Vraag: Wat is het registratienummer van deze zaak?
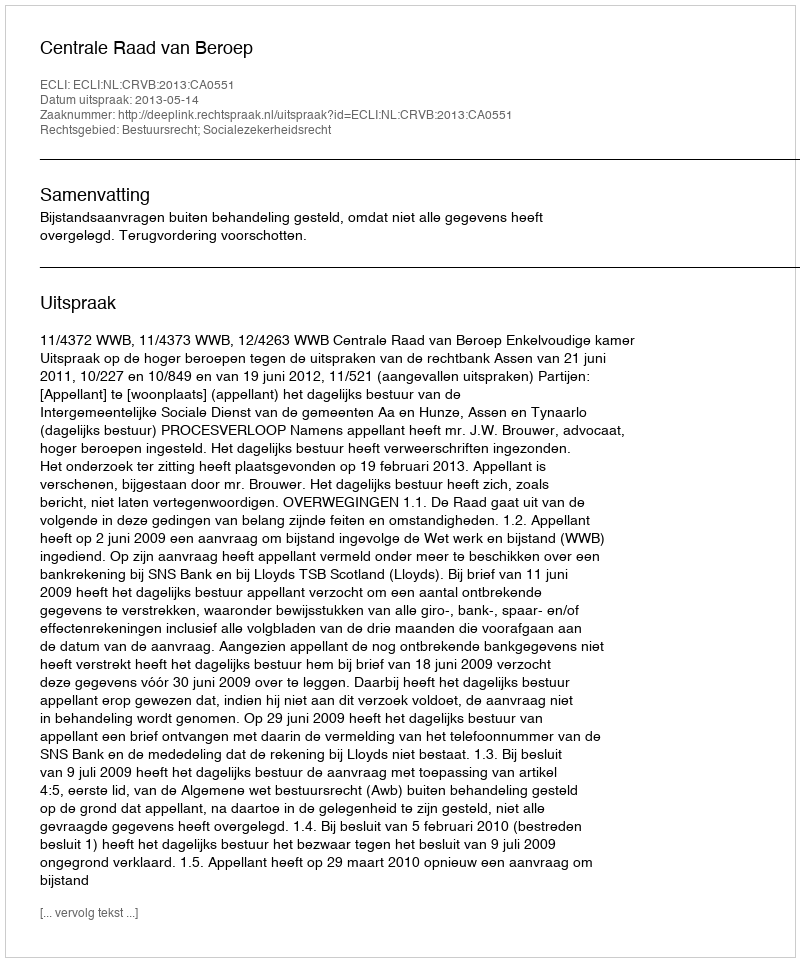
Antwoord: http://deeplink.rechtspraak.nl/uitspraak?id=ECLI:NL:CRVB:2013:CA0551